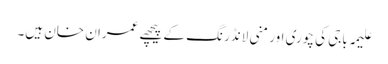
علیمہ باجی کی چوری اور منی لانڈرنگ کے پیچھے عمران خان ہیں۔